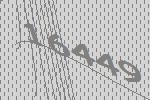
16449